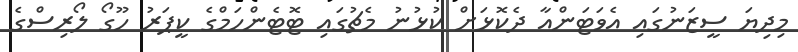
މިދިޔަ ސީޒަނުގައި އެވަޓަންއާ ދެކޮޅަށް ކުޅުނު މެޗުގައި ޓޮޓެންހަމްގެ ކީޕަރު ހޫގޯ ލޯރިސްގެ